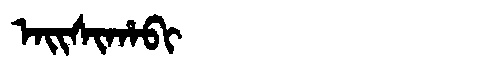
Manchu: ᠠᡳᠰᡳᡥᠠᠪᡳ
Romanization: AISIHABI